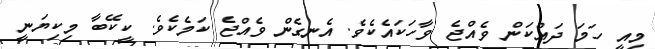
މިއީ ހަމަ ދައްކަން ވެއްޖެ ވާހަކައެކެވެ. އެނގެން ވެއްޖެ ކަމެކެވެ. ކީކޭބާ މިކިޔަނީ